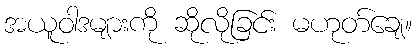
အယူဝါဒများကို ဆိုလိုခြင်း မဟုတ်ချေ။